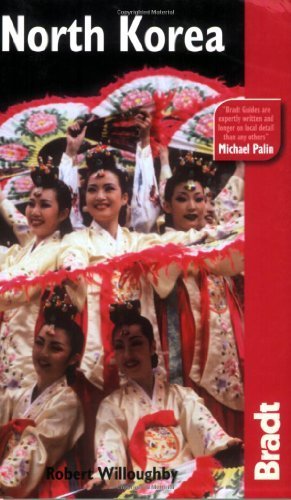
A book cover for North Korea by Willoughby, Robert. (Bradt Travel Guides,2008) [Paperback] 2ND EDITION; Travel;